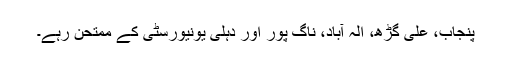
پنجاب، علی گڑھ، الہ آباد، ناگ پور اور دہلی یونیورسٹی کے ممتحن رہے۔